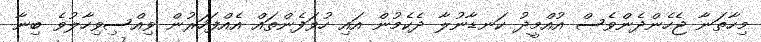
މިހާތަނާ ޖެހެންދެންވެސް އުއްމީދު ކަނޑާނުލާ ދެކެމުން އައި ހުވަފެންތައް އެއްފަހަރުން ވިއްސިވިހާލުވެ ބިނާ